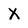
Character: X